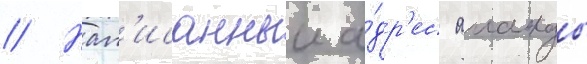
// Нап'исанныи а́др'ес аманды